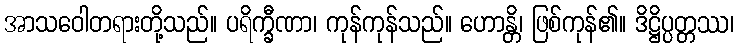
အာသဝေါတရားတို့သည်။ ပရိက္ခီဏာ၊ ကုန်ကုန်သည်။ ဟောန္တိ၊ ဖြစ်ကုန်၏။ ဒိဋ္ဌိပ္ပတ္တဿ၊